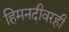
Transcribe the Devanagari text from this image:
हिमनदीवरही